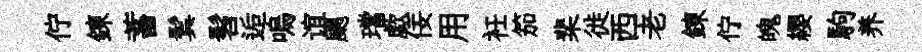
佇錬蓄鬂髫逅嗚谊颸璫歔佞用衽笳棐徙西老錬佇魄纓駒养